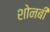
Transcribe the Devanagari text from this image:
शोनबी